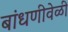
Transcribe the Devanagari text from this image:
बांधणीवेळी